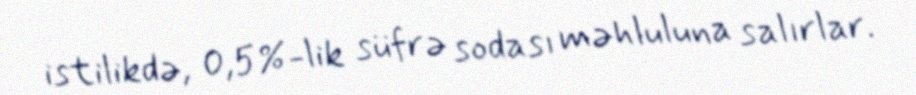
istilikdə, 0,5%-lik süfrə sodası məhluluna salırlar.